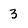
Character: 3